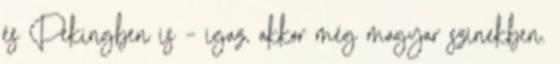
és Pekingben is – igaz, akkor még magyar színekben.